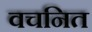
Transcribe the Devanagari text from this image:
वचनित